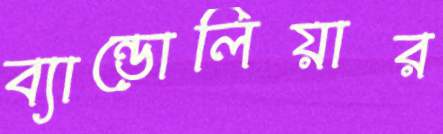
ব্যান্ডোলিয়ার